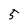
Character: 5